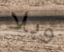
وبلا